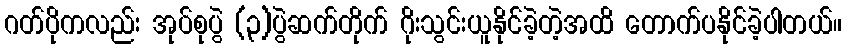
ဂတ်ပိုကလည်း အုပ်စုပွဲ (၃)ပွဲဆက်တိုက် ဂိုးသွင်းယူနိုင်ခဲ့တဲ့အထိ တောက်ပနိုင်ခဲ့ပါတယ်။